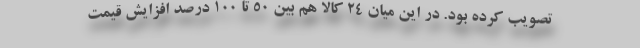
تصویب کرده بود. در این میان ۲۴ کالا هم بین ۵۰ تا ۱۰۰ درصد افزایش قیمت